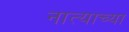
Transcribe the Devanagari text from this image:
नात्याच्या